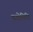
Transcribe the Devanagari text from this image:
पयोनिधि